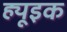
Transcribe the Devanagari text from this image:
ह्यूइक